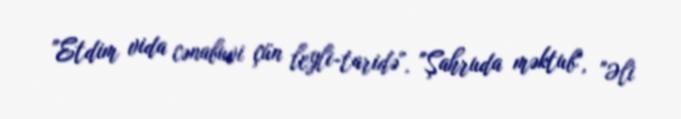
"Etdim vida cənabuvi çün leyli-taridə", "Şahruda məktub", "Əli